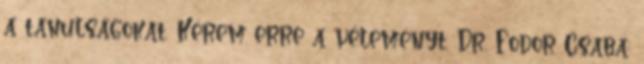
a tanulságokat. Kérem erre a véleményt. Dr. Fodor Csaba: